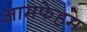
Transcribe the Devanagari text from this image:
आमफेहम